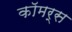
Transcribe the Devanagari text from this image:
काॅमर्स